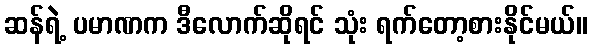
ဆန်ရဲ့ ပမာဏက ဒီလောက်ဆိုရင် သုံး ရက်တော့စားနိုင်မယ်။